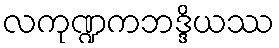
လကုဏ္ဍကဘဒ္ဒိယဿ